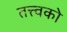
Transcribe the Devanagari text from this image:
तत्त्वको